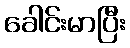
ခေါင်းမာပြီး